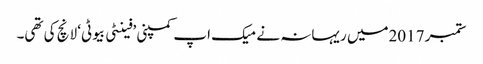
ستمبر 2017میں ریہانہ نے میک اپ کمپنی ’فینٹی بیوٹی‘ لانچ کی تھی۔